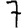
Digit: 7